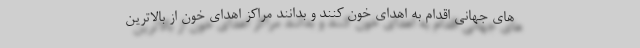
های جهانی اقدام به اهدای خون کنند و بدانند مراکز اهدای خون از بالاترین